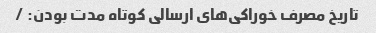
تاریخ مصرف خوراکی‌های ارسالی کوتاه مدت بودن: /